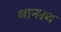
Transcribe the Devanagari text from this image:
धानस्थ